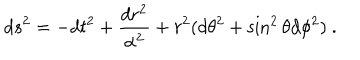
d s ^ { 2 } = - d t ^ { 2 } + \frac { d r ^ { 2 } } { \alpha ^ { 2 } } + r ^ { 2 } ( d \theta ^ { 2 } + \sin ^ { 2 } \theta d \phi ^ { 2 } ) \ .